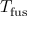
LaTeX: T _ { \mathrm { { f u s } } }